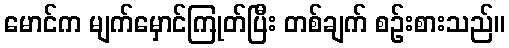
မောင်က မျက်မှောင်ကြုတ်ပြီး တစ်ချက် စဉ်းစားသည်။